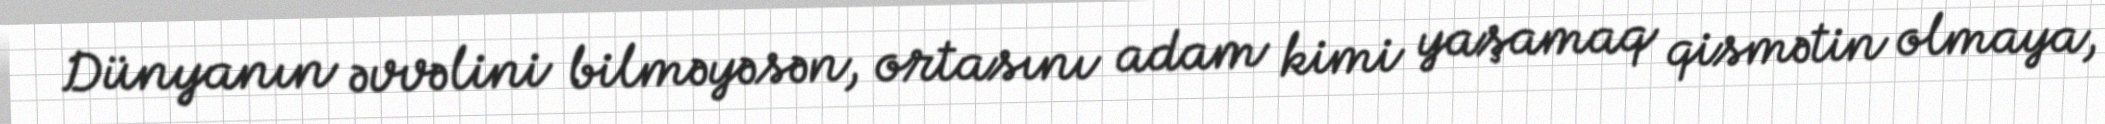
Dünyanın əvvəlini bilməyəsən, ortasını adam kimi yaşamaq qismətin olmaya,